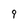
Character: 9